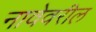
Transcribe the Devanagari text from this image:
नावेवरील